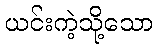
ယင်းကဲ့သို့သော